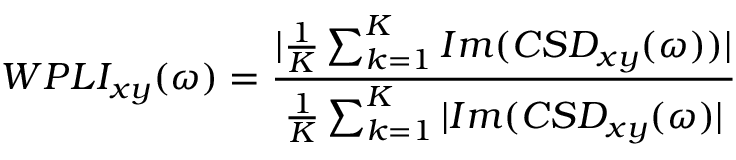
W P L I _ { x y } ( \omega ) = \frac { | \frac { 1 } { K } \sum _ { k = 1 } ^ { K } I m ( C S D _ { x y } ( \omega ) ) | } { \frac { 1 } { K } \sum _ { k = 1 } ^ { K } | I m ( C S D _ { x y } ( \omega ) | }